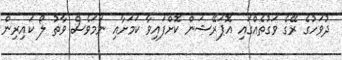
ދުވަހުގެ ރޭގެ ވަގުތެއްގައި އޮޕަރޭޝަން ކޮށްފައިވާ ކަމަށާއި ނަމަވެސް ވާތު ލޯ ކައިރިން